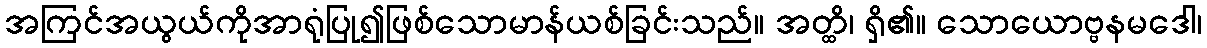
အကြင်အယွယ်ကိုအာရုံပြု၍ဖြစ်သောမာန်ယစ်ခြင်းသည်။ အတ္ထိ၊ ရှိ၏။ သောယောဗ္ဗနမဒေါ၊